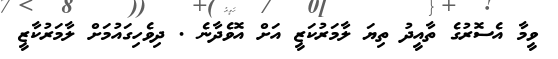
ވީމާ އެސޮރުގެ ތާއީދު ތިޔަ ލާމަރުކަޒީ އަށް އޮވެދާނެ . ދިވެހިގައުމަށް ލާމަރުކާޒީ